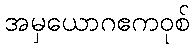
အမှယောဂဧကဝုစ်